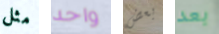
مثل واحد بعض بعد